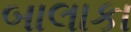
બાલાકા